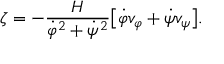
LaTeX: \zeta = - \frac { H } { \dot { \varphi } ^ { 2 } + \dot { \psi } ^ { 2 } } \bigl [ \dot { \varphi } v _ { \varphi } + \dot { \psi } v _ { \psi } \bigr ] .